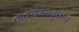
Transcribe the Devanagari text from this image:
वाक्यमेतदुवाच